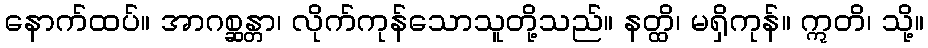
နောက်ထပ်။ အာဂစ္ဆန္တာ၊ လိုက်ကုန်သောသူတို့သည်။ နတ္ထိ၊ မရှိကုန်။ ဣတိ၊ သို့။